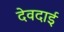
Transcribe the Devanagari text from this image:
देवदाई